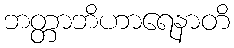
ဘတ္တာဘိဟာရေနာတိ